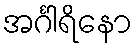
အင်္ဂါရိနော